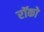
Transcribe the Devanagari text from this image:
रॉको